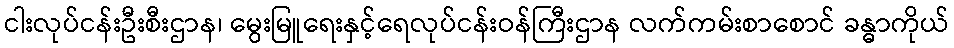
ငါးလုပ်ငန်းဦးစီးဌာန၊ မွေးမြူရေးနှင့်ရေလုပ်ငန်းဝန်ကြီးဌာန လက်ကမ်းစာစောင် ခန္ဓာကိုယ်